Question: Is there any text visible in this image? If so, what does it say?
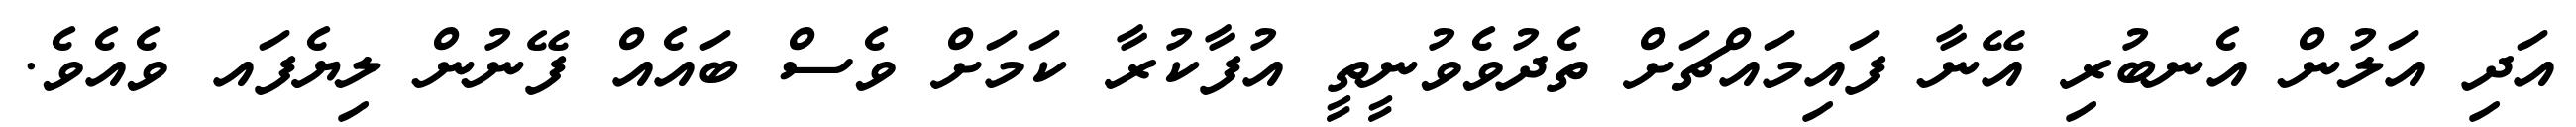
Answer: އަދި އަލުން އެނބުރި އޭނާ ފައިމައްޗަށް ތެދުވެވުނީތީ އުފާކުރާ ކަމަށް ވެސް ބައެއް ފޭނުން ލިޔެފައ ވެއެވެ.